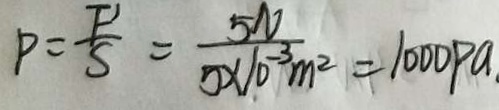
P = \frac { F ^ { \prime } } { S } = \frac { 5 N } { 5 \times 1 0 ^ { - 3 } m ^ { 2 } } = 1 0 0 0 P a